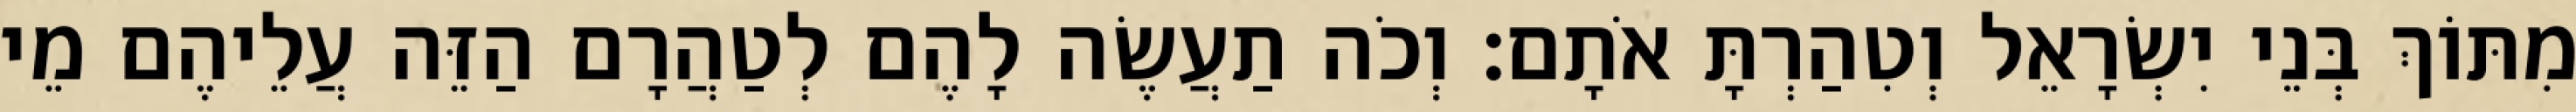
מִתּוֹךְ בְּנֵי יִשְׂרָאֵל וְטִהַרְתָּ אֹתָם׃ וְכֹה תַעֲשֶׂה לָהֶם לְטַהֲרָם הַזֵּה עֲלֵיהֶם מֵי